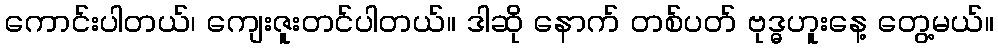
ကောင်းပါတယ်၊ ကျေးဇူးတင်ပါတယ်။ ဒါဆို နောက် တစ်ပတ် ဗုဒ္ဓဟူးနေ့ တွေ့မယ်။